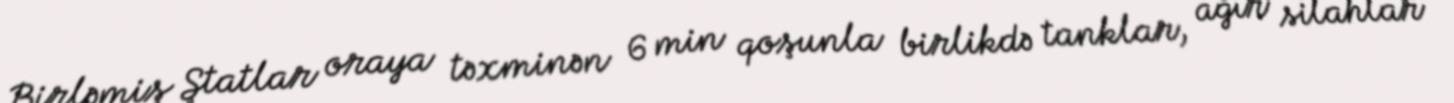
Birləmiş Ştatlar oraya təxminən 6 min qoşunla birlikdə tanklar, ağır silahlar